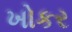
ખોકર